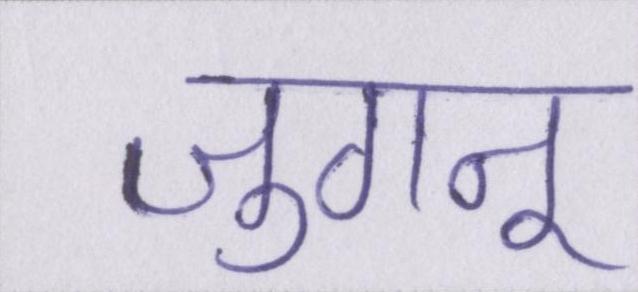
जुगनू